Insane asylums in Bengal annual reports 1867-1875 - 1867-1875
Year: 1867
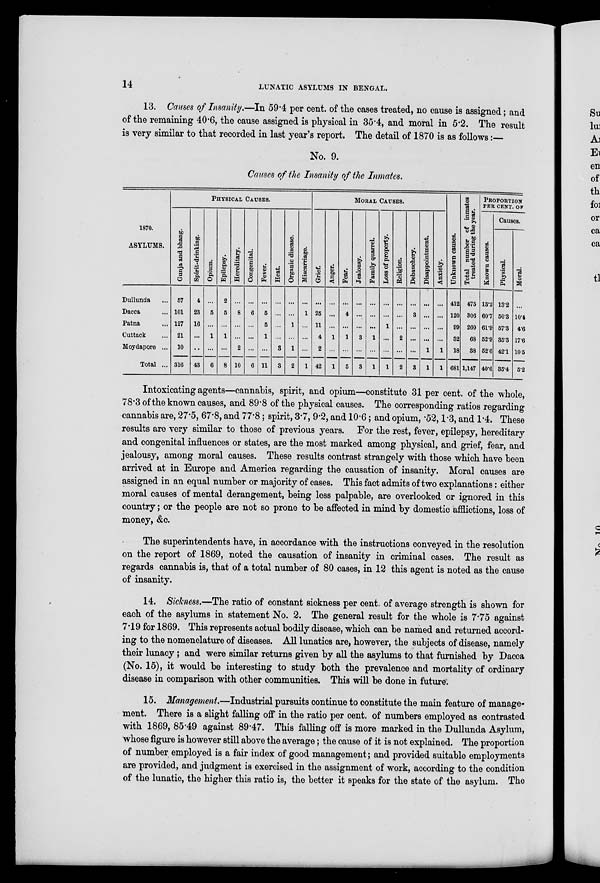
14
LUNATIC ASYLUMS IN BENGAL.
13. Causes of Insanity.—In 59.4 per cent. of the cases treated, no cause is assigned; and
of the remaining 40.6, the cause assigned is physical in 35.4, and moral in 5.2. The result
is very similar to that recorded in last year's report. The detail of 1870 is as follows:—
No. 9.
Causes of the Insanity of the Inmates.
1870.
ASYLUMS.
Dullunda ...
Dacca ...
Patna ...
Cuttack ...
Moydapore ...
Total ...
PHYSICAL CAUSES.
Gunja and bhang.
57
101
127
21
10
316
Spirit-drinking.
4
23
16
...
...
43
Opium.
...
5
...
1
...
6
Epilepsy.
2
5
...
1
...
8
Hereditary.
...
8
...
...
2
10
Congenital.
...
6
...
...
...
6
Fever.
...
5
5
1
...
11
Heat.
...
...
...
...
3
3
Organic disease.
...
...
1
...
1
2
Miscarriage.
...
1
...
...
...
1
MORAL CAUSES.
Grief.
...
25
11
4
2
42
Anger.
...
...
...
1
...
1
Fear.
...
4
...
1
...
5
Jealousy.
...
...
...
3
...
3
Family quarrel.
...
...
...
1
...
1
Loss of property.
...
...
1
...
...
1
Religion.
...
...
...
2
...
2
Debauchery.
...
3
...
...
...
3
Disappointment.
...
...
...
...
1
1
Anxiety.
...
...
...
...
1
1
Unknown causes.
412
120
99
32
18
681
Total number of inmates
treated during the year.
475
306
260
68
38
1,147
PROPORTION
PER CENT. OP
Known causes.
13.2
60.7
61.9
52.9
52.6
40.6
Causes.
Physical.
13.2
50.3
57.3
35.3
42.1
35.4
Moral.
...
10.4
4.6
17.6
10.5
5.2
Intoxicating agents—cannabis, spirit, and opium—constitute 31 per cent. of the whole,
78.3 of the known causes, and 89.8 of the physical causes. The corresponding ratios regarding
cannabis are, 27.5, 67.8, and 77.8; spirit, 3.7, 9.2, and 10.6; and opium, .52, 1.3, and 1.4. These
results are very similar to those of previous years. For the rest, fever, epilepsy, hereditary
and congenital influences or states, are the most marked among physical, and grief, fear, and
jealousy, among moral causes. These results contrast strangely with those which have been
arrived at in Europe and America regarding the causation of insanity. Moral causes are
assigned in an equal number or majority of cases. This fact admits of two explanations: either
moral causes of mental derangement, being less palpable, are overlooked or ignored in this
country; or the people are not so prone to be affected in mind by domestic afflictions, loss of
money, &c.
The superintendents have, in accordance with the instructions conveyed in the resolution
on the report of 1869, noted the causation of insanity in criminal cases. The result as
regards cannabis is, that of a total number of 80 cases, in 12 this agent is noted as the cause
of insanity.
14. Sickness.—The ratio of constant sickness per cent. of average strength is shown for
each of the asylums in statement No. 2. The general result for the whole is 7.75 against
7.19 for 1869. This represents actual bodily disease, which can be named and returned accord-
ing to the nomenclature of diseases. All lunatics are, however, the subjects of disease, namely
their lunacy; and were similar returns given by all the asylums to that furnished by Dacca
(No. 15), it would be interesting to study both the prevalence and mortality of ordinary
disease in comparison with other communities. This will be done in future'.
15. Management.—Industrial pursuits continue to constitute the main feature of manage-
ment. There is a slight falling off in the ratio per cent. of numbers employed as contrasted
with 1869, 85.49 against 89.47. This falling off is more marked in the Dullunda Asylum,
whose figure is however still above the average; the cause of it is not explained. The proportion
of number employed is a fair index of good management; and provided suitable employments
are provided, and judgment is exercised in the assignment of work, according to the condition
of the lunatic, the higher this ratio is, the better it speaks for the state of the asylum. The